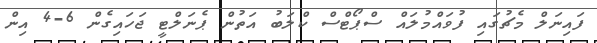
ފައިނަލް މެޗުގައި ފުވައްމުލައް ސްޕޯޓްސް ކްލަބު އަތުން ޕެނަލްޓީ ޖަހައިގެން 6-4 އިން